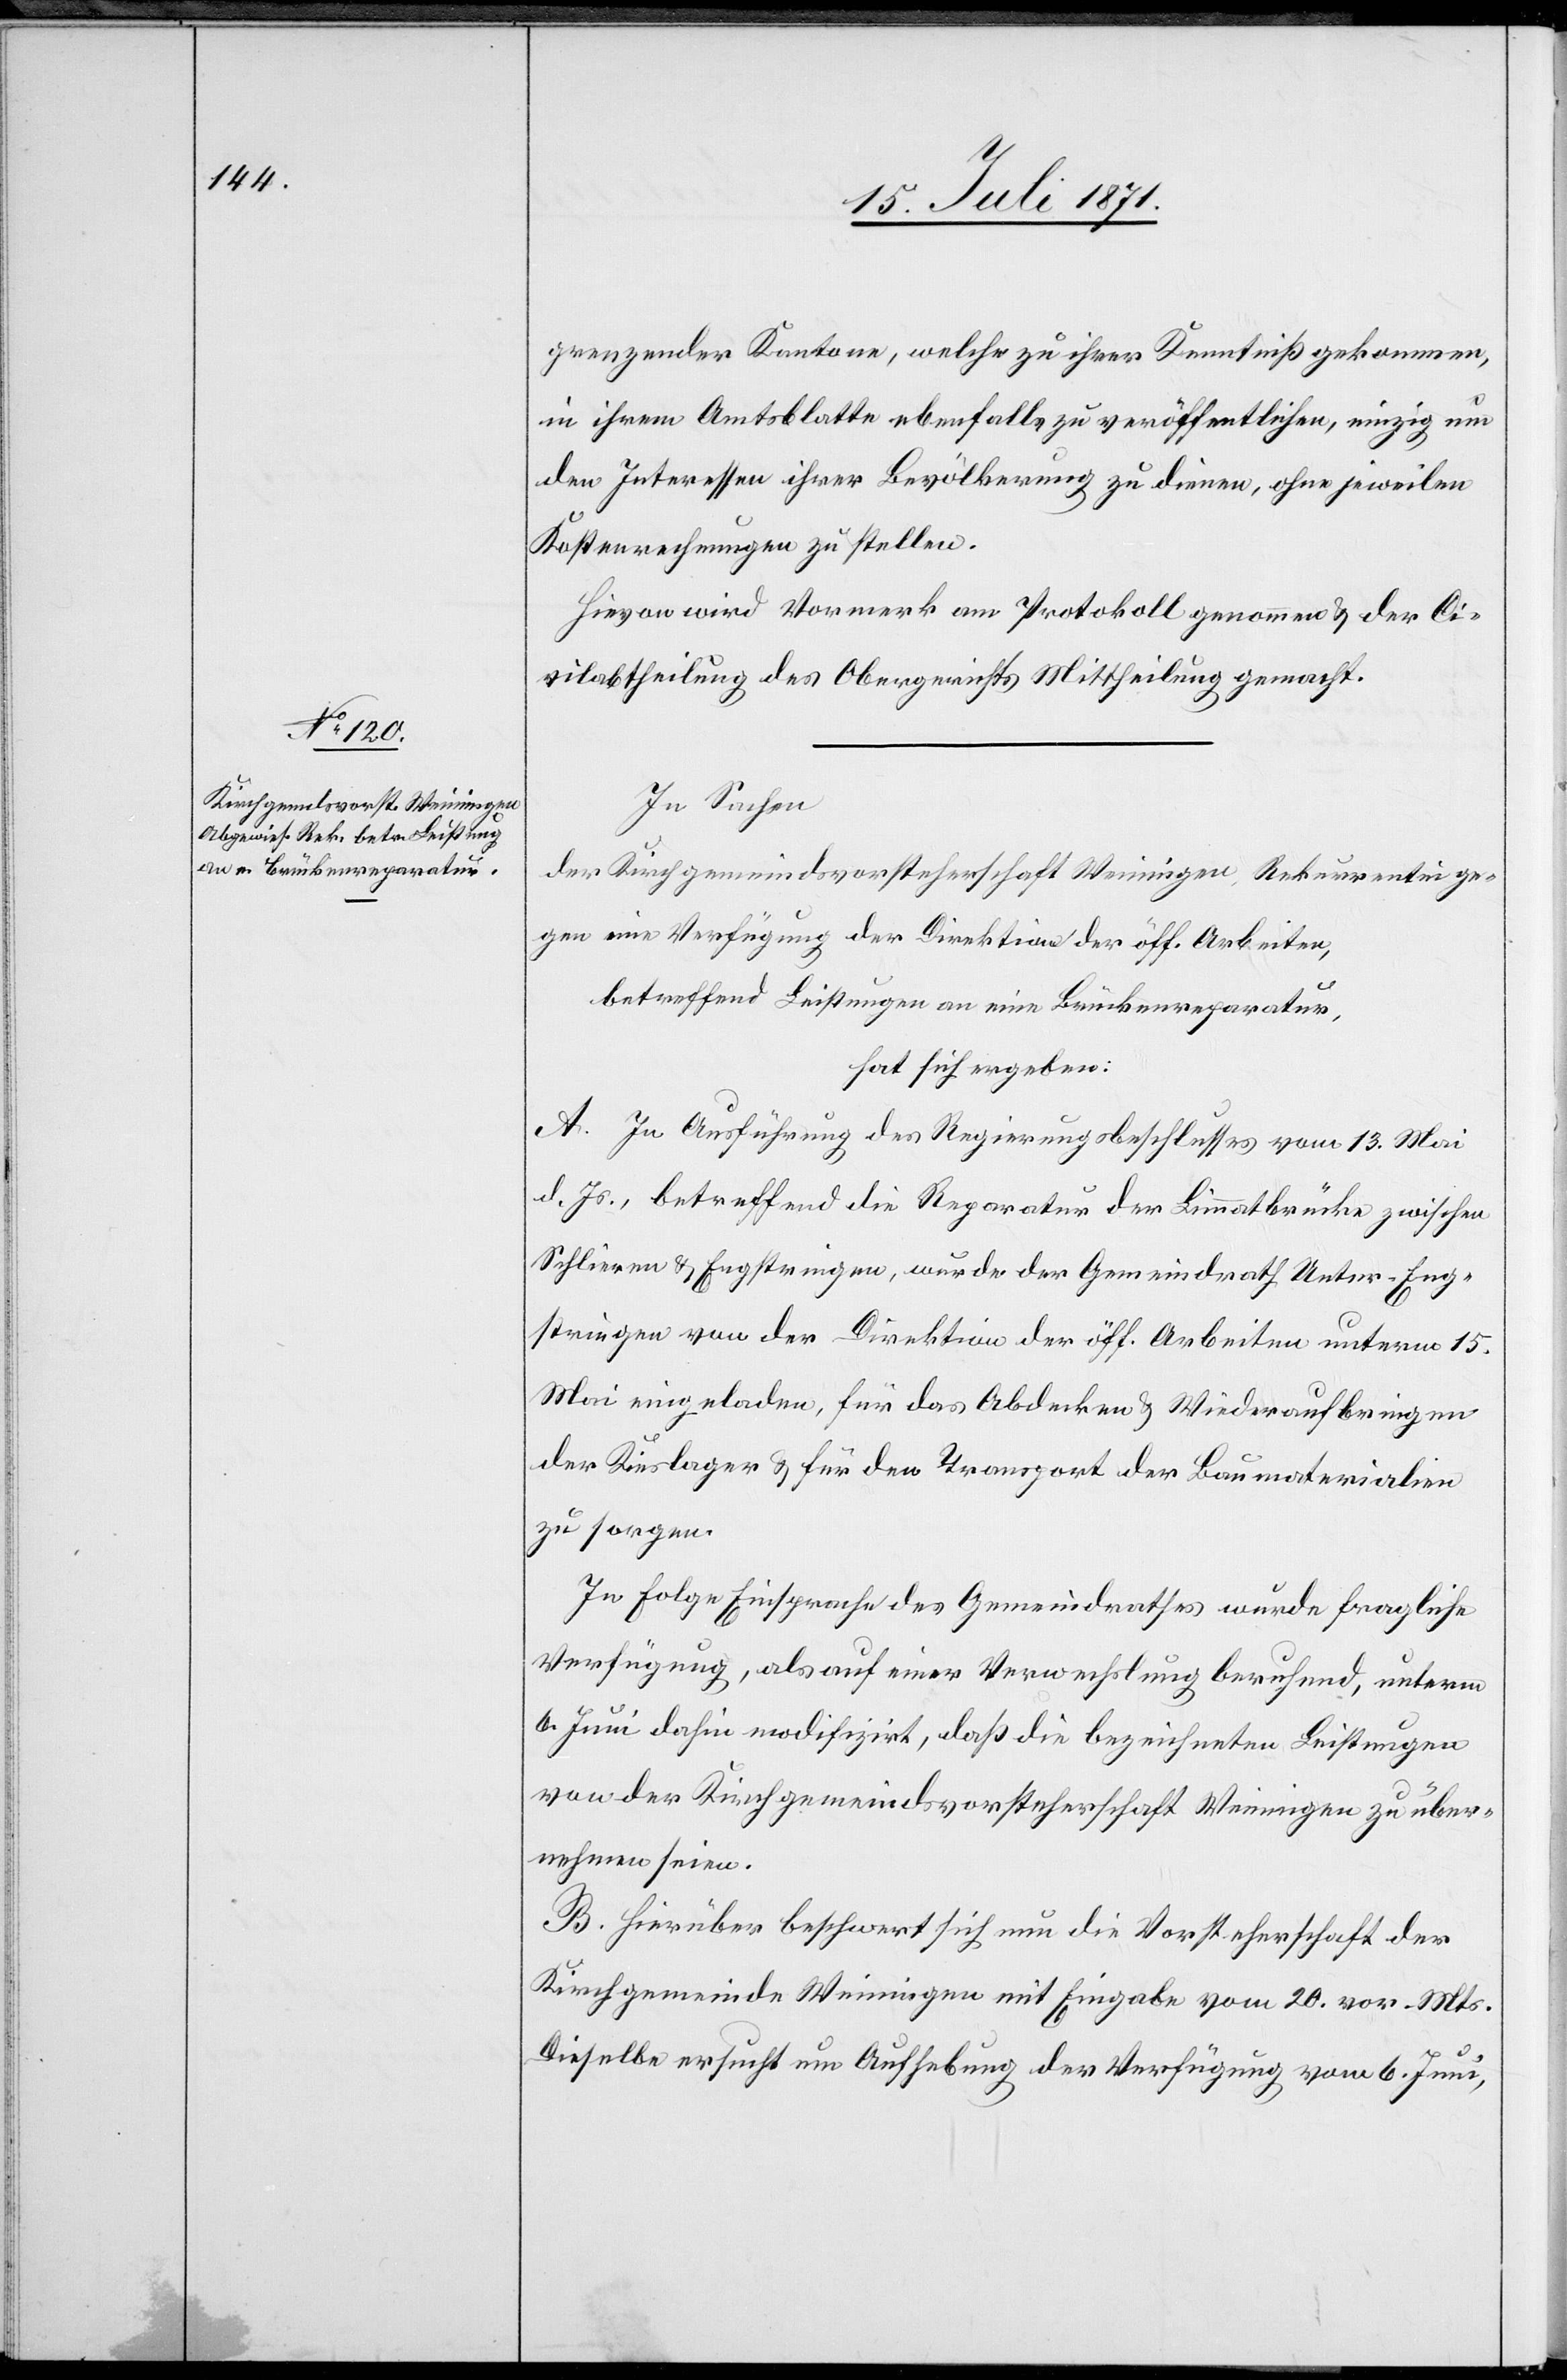
grenzender Kantone, welche zu ihrer Kenntniß gekommen,
in ihrem Amtsblatte ebenfalls zu veröffentlichen, einzig um
den Interessen ihrer Bevölkerung zu dienen, ohne jeweilen
Kostenrechnungen zu stellen.
Hievon wird Vormerk am Protokoll genommen u. der Ci¬
vilabtheilung des Obergerichts Mittheilung gemacht.
In Sachen
der Kirchgemeindsvorsteherschaft Weinigen Rekurrentin ge¬
gen eine Verfügung der Direktion der öff. Arbeiten,
betreffend Leistungen an eine Brückenreparatur,
hat sich ergeben:
A. In Ausführung des Regierungsbeschlusses vom 13. Mai
d. Js., betreffend die Reparatur der Limmatbrücke zwischen
Schlieren u. Engstringen, wurde der Gemeindrath Unter-Eng¬
stringen von der Direktion der öff. Arbeiten unterm 15.
Mai eingeladen, für das Abdecken u. Wiederaufbringen
der Kieslager u. für den Transport der Baumaterialien
zu sorgen.
In Folge Einsprache des Gemeindrathes wurde fragliche
Verfügung, als auf einer Verwechslung beruhend, unterm
6. Juni dahin modifizirt, daß die bezeichneten Leistungen
von der Kirchgemeindsvorsteherschaft Weiningen zu über¬
nehmen seien.
B. Hierüber beschwert sich nun die Vorsteherschaft der
Kirchgemeinde Weiningen mit Eingabe vom 20. vor. Mts.
Dieselbe ersucht um Aufhebung der Verfügung vom 6. Juni,